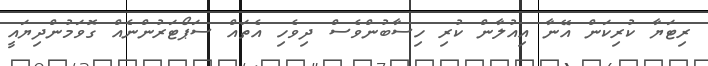
ރިޓަޔާ ކުރިކަން އޭނާ އިއުލާން ކުރި ހިސާބުންވެސް ދިވެހި އެތައް ސަޕޯޓަރުންނެއް ގޮވަމުންދިޔައީ